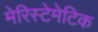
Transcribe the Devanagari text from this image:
मेरिस्टेमेटिक